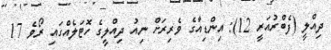
ދިއްލީ (ފެބްރުއަރީ 12): އިންޑިއާގެ ވެރިރަށް ނިއު ދިއްލީގެ ހޮޓަލެއްގައި ރޯވެ 17